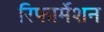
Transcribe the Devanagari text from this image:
रिफार्मेशन